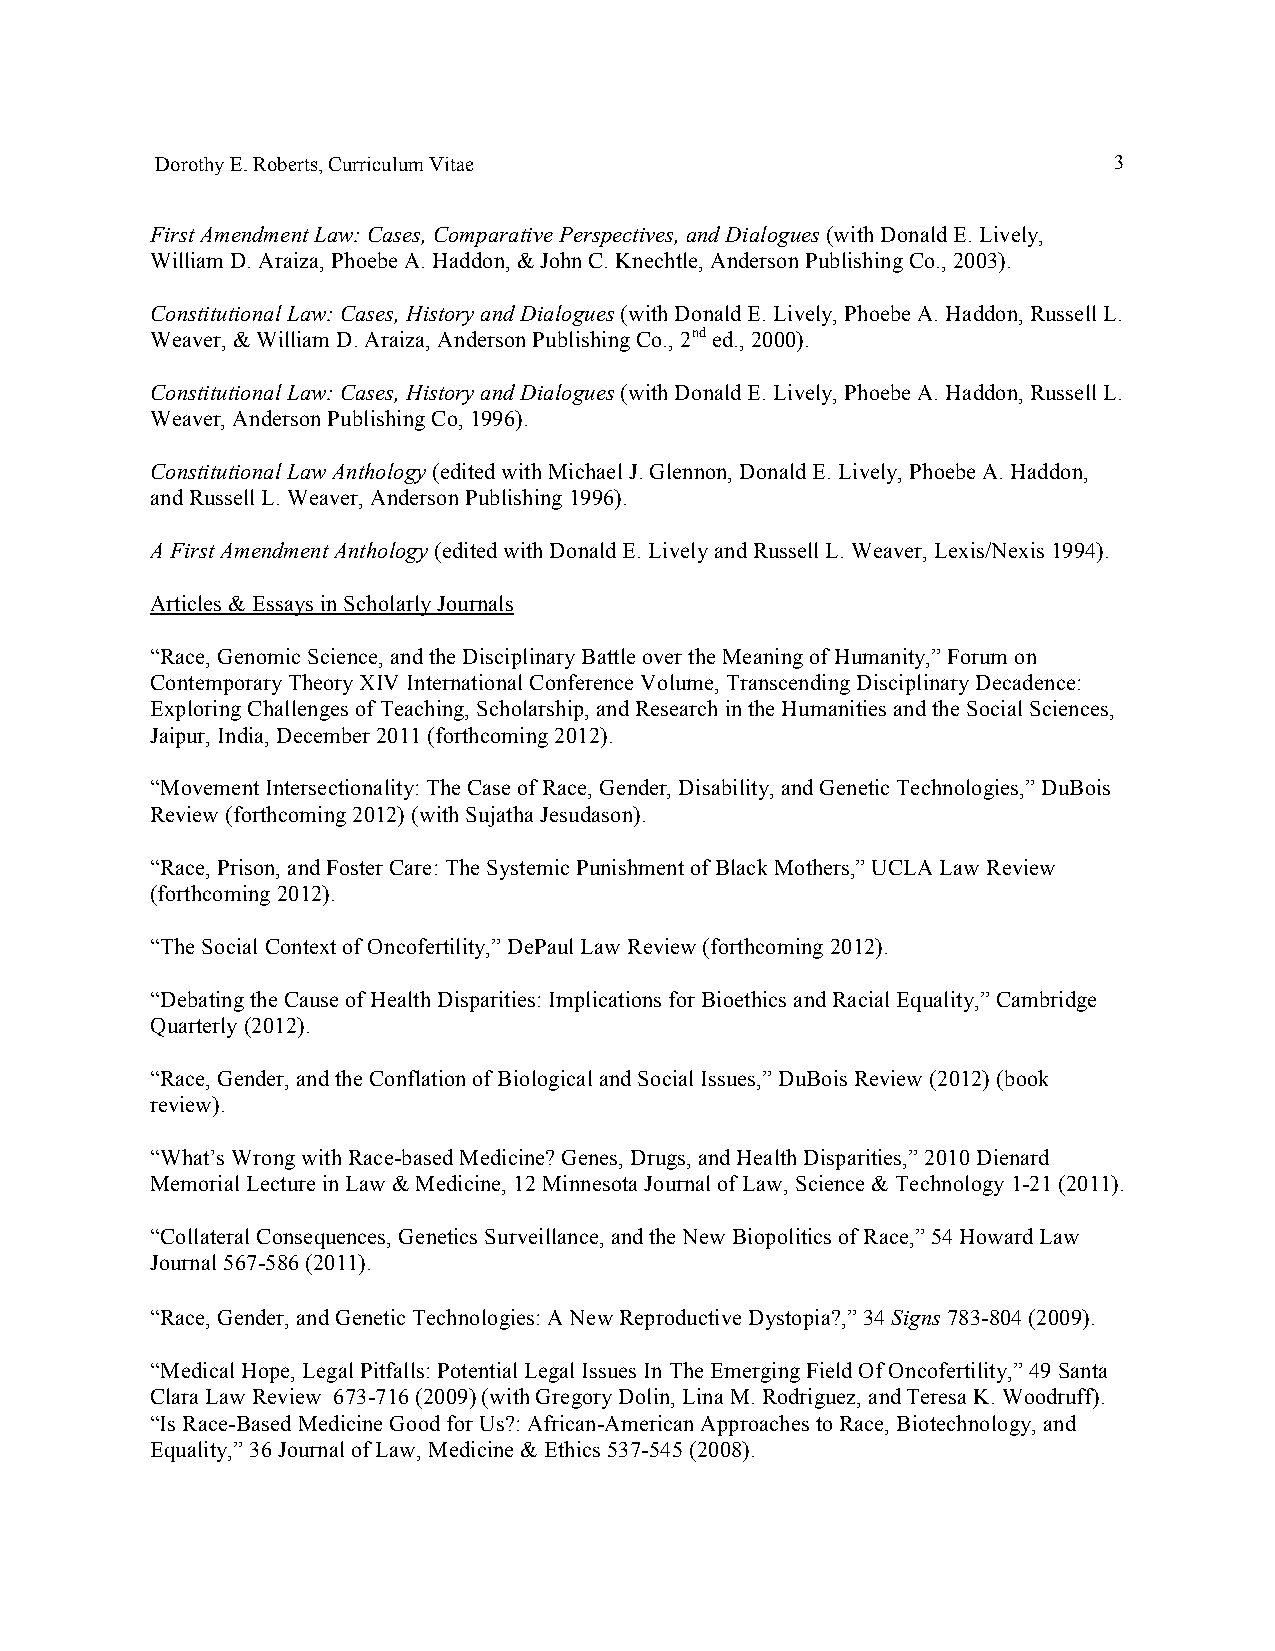
Dorothy E. Roberts, Curriculum Vitae                            3
 First Amendment Law: Cases, Comparative Perspectives, and Dialogues (with Donald E. Lively,
 William D. Araiza, Phoebe A. Haddon, & John C. Knechtle, Anderson Publishing Co., 2003).
 Constitutional Law: Cases, History and Dialogues (with Donald E. Lively, Phoebe A. Haddon, Russell L.
 Weaver, & William D. Araiza, Anderson Publishing Co., 2nd ed., 2000).
 Constitutional Law: Cases, History and Dialogues (with Donald E. Lively, Phoebe A. Haddon, Russell L.
 Weaver, Anderson Publishing Co, 1996).
 Constitutional Law Anthology (edited with Michael J. Glennon, Donald E. Lively, Phoebe A. Haddon,
 and Russell L. Weaver, Anderson Publishing 1996).
 A First Amendment Anthology (edited with Donald E. Lively and Russell L. Weaver, Lexis/Nexis 1994).
 Articles & Essays in Scholarly Journals
 “Race, Genomic Science, and the Disciplinary Battle over the Meaning of Humanity,” Forum on
 Contemporary Theory XIV International Conference Volume, Transcending Disciplinary Decadence:
 Exploring Challenges of Teaching, Scholarship, and Research in the Humanities and the Social Sciences,
 Jaipur, India, December 2011 (forthcoming 2012).
 “Movement Intersectionality: The Case of Race, Gender, Disability, and Genetic Technologies,” DuBois
 Review (forthcoming 2012) (with Sujatha Jesudason).
 “Race, Prison, and Foster Care: The Systemic Punishment of Black Mothers,” UCLA Law Review
 (forthcoming 2012).
 “The Social Context of Oncofertility,” DePaul Law Review (forthcoming 2012).
 “Debating the Cause of Health Disparities: Implications for Bioethics and Racial Equality,” Cambridge
 Quarterly (2012).
 “Race, Gender, and the Conflation of Biological and Social Issues,” DuBois Review (2012) (book
 review).
 “What’s Wrong with Race-based Medicine? Genes, Drugs, and Health Disparities,” 2010 Dienard
 Memorial Lecture in Law & Medicine, 12 Minnesota Journal of Law, Science & Technology 1-21 (2011).
 “Collateral Consequences, Genetics Surveillance, and the New Biopolitics of Race,” 54 Howard Law
 Journal 567-586 (2011).
 “Race, Gender, and Genetic Technologies: A New Reproductive Dystopia?,” 34 Signs 783-804 (2009).
 “Medical Hope, Legal Pitfalls: Potential Legal Issues In The Emerging Field Of Oncofertility,” 49 Santa
 Clara Law Review 673-716 (2009) (with Gregory Dolin, Lina M. Rodriguez, and Teresa K. Woodruff).
 “Is Race-Based Medicine Good for Us?: African-American Approaches to Race, Biotechnology, and
 Equality,” 36 Journal of Law, Medicine & Ethics 537-545 (2008).